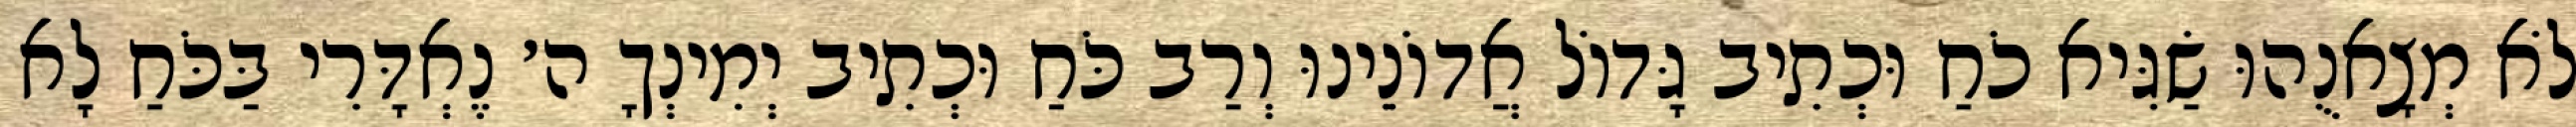
לֹא מְצָאנֻהוּ שַׂגִּיא כֹחַ וּכְתִיב גָּדוֹל אֲדוֹנֵינוּ וְרַב כֹּחַ וּכְתִיב יְמִינְךָ ה׳ נֶאְדָּרִי בַּכֹּחַ לָא